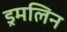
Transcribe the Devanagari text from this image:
ड्रमलिन